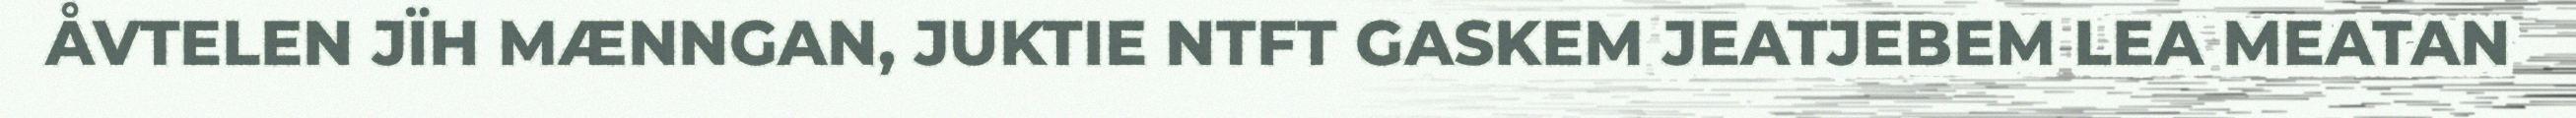
ÅVTELEN JÏH MÆNNGAN, JUKTIE NTFT GASKEM JEATJEBEM LEA MEATAN